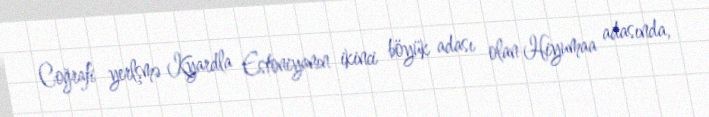
Coğrafi yerlşmə Kyardla Estoniyanın ikinci böyük adası olan Hiyumaa adasında,